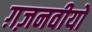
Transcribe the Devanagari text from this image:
ग़ज़नवीयों